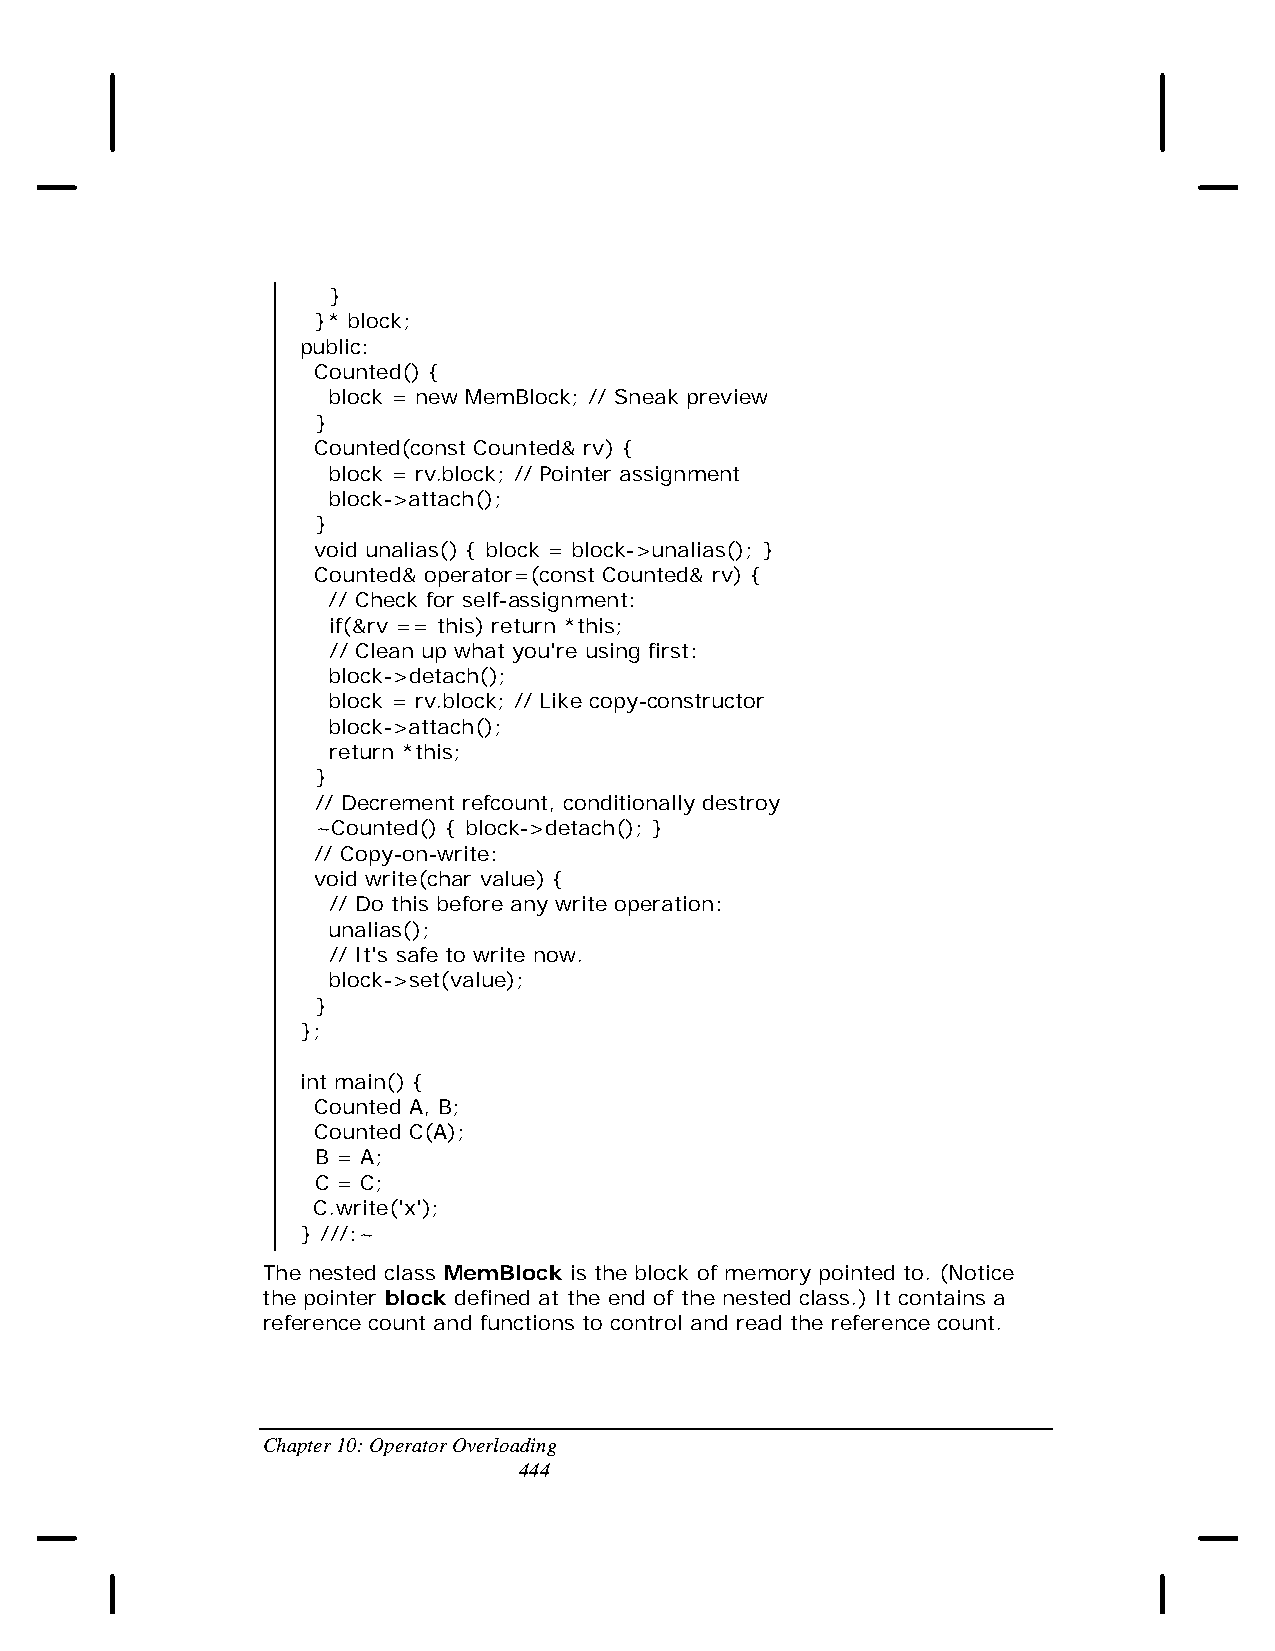
}
 }* block;
 public:
 Counted() {
 block = new MemBlock; // Sneak preview
 }
 Counted(const Counted& rv) {
 block = rv.block; // Pointer assignment
 block->attach();
 }
 void unalias() { block = block->unalias(); }
 Counted& operator=(const Counted& rv) {
 // Check for self-assignment:
 if(&rv == this) return *this;
 // Clean up what you're using first:
 block->detach();
 block = rv.block; // Like copy-constructor
 block->attach();
 return *this;
 }
 // Decrement refcount, conditionally destroy
 ~Counted() { block->detach(); }
 // Copy-on-write:
 void write(char value) {
 // Do this before any write operation:
 unalias();
 // It's safe to write now.
 block->set(value);
 }
 };
 int main() {
 Counted A, B;
 Counted C(A);
 B = A;
 C = C;
 C.write('x');
 } ///:~
 The nested class MemBlock is the block of memory pointed to. (Notice
 the pointer block defined at the end of the nested class.) It contains a
 reference count and functions to control and read the reference count.
 Chapter 10: Operator Overloading
 444